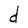
Character: d